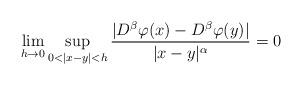
LaTeX: \begin{align*} \lim_{h \to 0} \sup_{0<|x-y|<h} \frac{|D^\beta\varphi(x) - D^\beta\varphi(y)|}{|x-y|^\alpha} = 0 \end{align*}